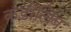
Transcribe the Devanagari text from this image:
कडीलिंब